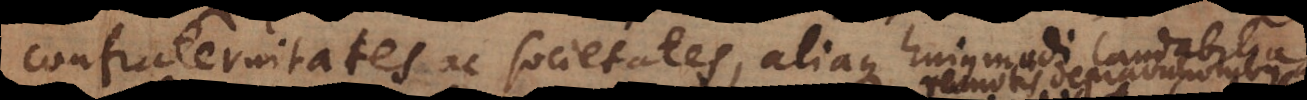
confraternitates ac societates, aliaque hujusmodi laudabilia